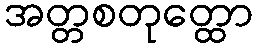
အတ္တစတုတ္ထော